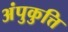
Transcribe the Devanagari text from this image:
अंपुकुत्ति